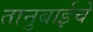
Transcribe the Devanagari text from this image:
तानुबाईचे